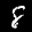
Label: 8